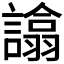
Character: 𧬈